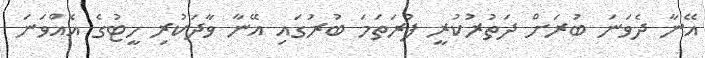
އޭނާ ދެވަނަ ބުރަށް ދަތުރުކުރީ ފުރަތަމަ ބުރުގައި އޭނާ ވާދަކުރި ހީޓުގެ އެއްވަނަ